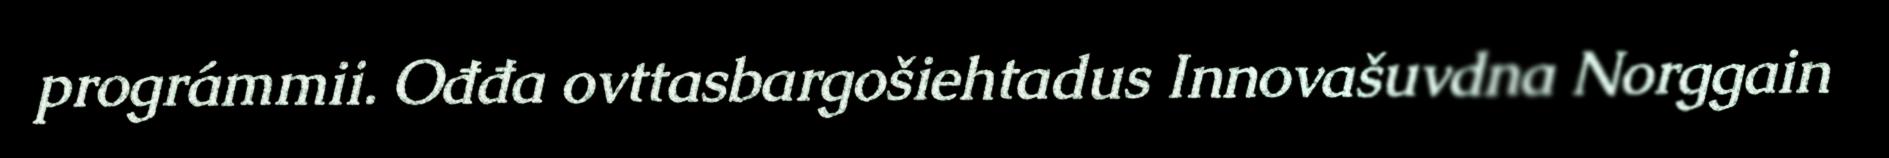
prográmmii. Ođđa ovttasbargošiehtadus Innovašuvdna Norggain